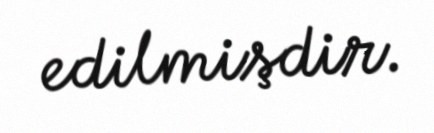
edilmişdir.